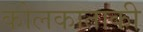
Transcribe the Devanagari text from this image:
कोलकाताकी